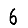
Digit: 6